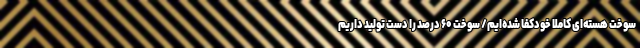
سوخت هسته‌ای کاملاً خودکفا شده‌ایم/ سوخت ۶۰ درصد را دست تولید داریم